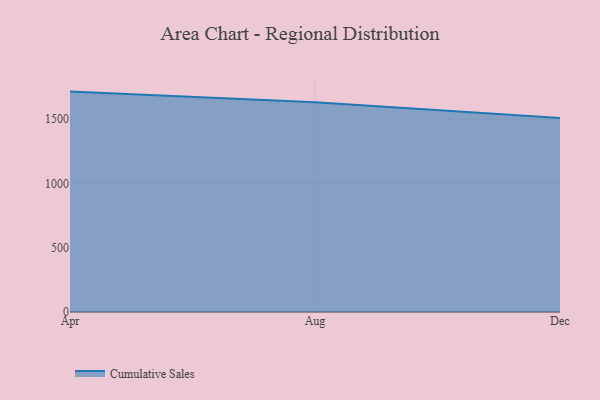
{"axis": {"x": "Month", "y": "Humidity (%)"}, "legend": ["Cumulative Sales"], "data": [{"x": "Apr", "y": 1714.8, "type": "Cumulative Sales"}, {"x": "Aug", "y": 1632.2, "type": "Cumulative Sales"}, {"x": "Dec", "y": 1509.2, "type": "Cumulative Sales"}]}